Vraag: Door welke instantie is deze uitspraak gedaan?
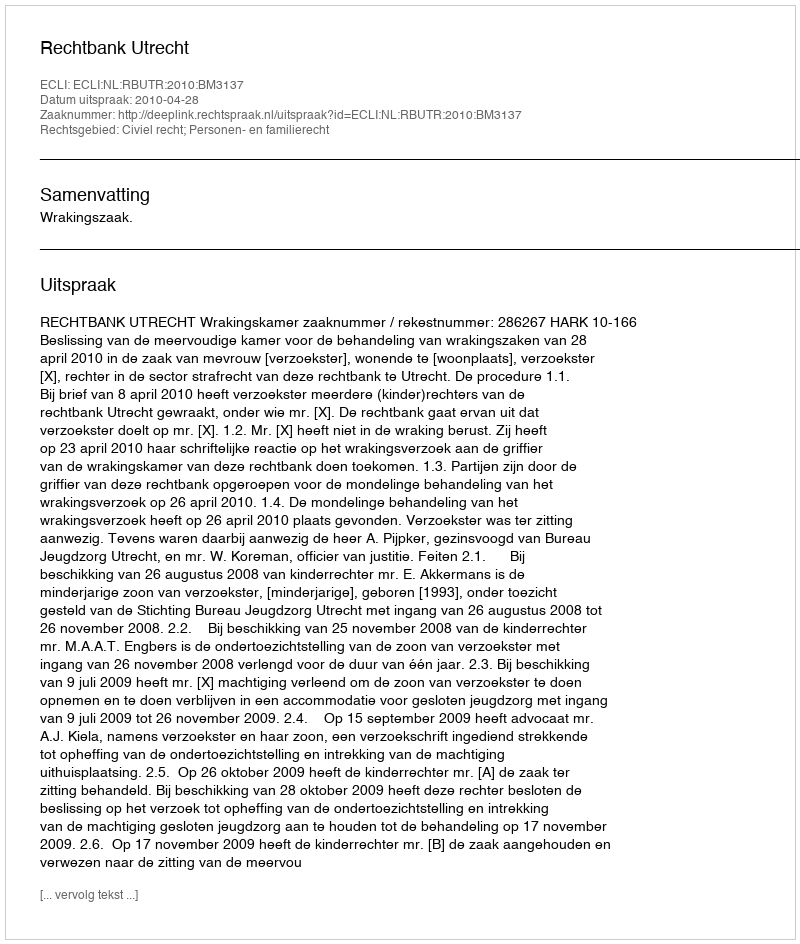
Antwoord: Rechtbank Utrecht